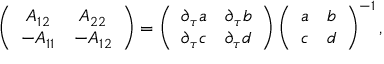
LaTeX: \left( \begin{array} { c c } { { A _ { 1 2 } } } & { { A _ { 2 2 } } } \\ { { - A _ { 1 1 } } } & { { - A _ { 1 2 } } } \end{array} \right) = \left( \begin{array} { c c } { { \partial _ { \tau } a } } & { { \partial _ { \tau } b } } \\ { { \partial _ { \tau } c } } & { { \partial _ { \tau } d } } \end{array} \right) \left( \begin{array} { c c } { { a } } & { { b } } \\ { { c } } & { { d } } \end{array} \right) ^ { - 1 } ,